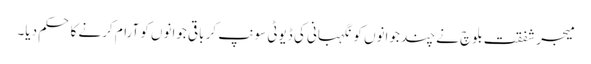
میجر شفقت بلوچ نے چند جوانوں کو نگہبانی کی ڈیوٹی سونپ کر باقی جوانوں کو آرام کرنے کا حکم دیا۔